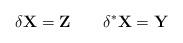
LaTeX: \begin{align*}\delta \mathbf{X} = \mathbf{Z} \qquad \delta ^{*}\mathbf{X} = \mathbf{Y}\end{align*}